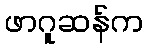
ဖာဂူဆန်က